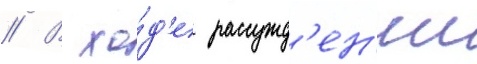
// В хо́д'е рассужд'ен'ии